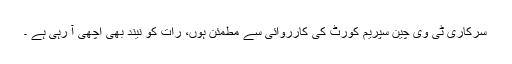
سرکاری ٹی وی چین سپریم کورٹ کی کارروائی سے مطمئن ہوں، رات کو نیند بھی اچھی آ رہی ہے ۔